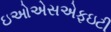
ઇઓએસએફઇટી